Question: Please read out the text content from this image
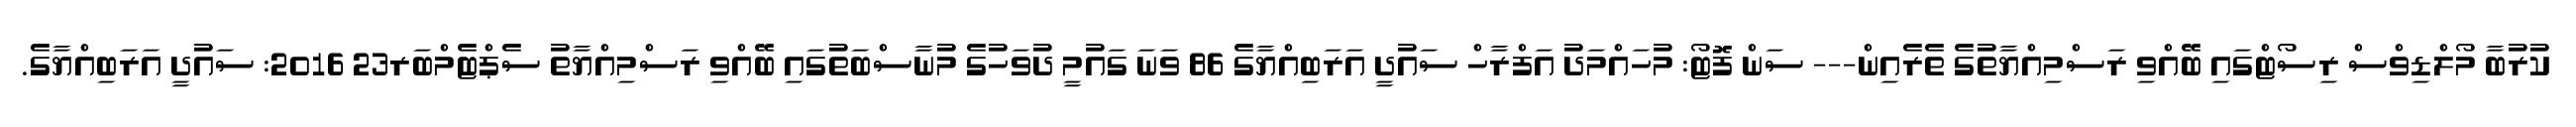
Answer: ކުރުބާ މޯލްޑިވްސް ރިސޯޓްގައި ބޭއްވި ރަސްމިއްޔާތުގެ ތެރެއިން--- ސަން ފޮޓޯ: މުހައްމަދު އަފްރާހް ސައުދީ އަރަބިއްޔާގެ 86 ވަނަ ގައުމީ ދުވަހުގެ މުނާސްބަތުގައި ބޭއްވި ރަސްމިއްޔާތު ސެޕްޓެމްބަރ23 2016: ސައުދީ އަރަބިއްޔާގެ.